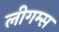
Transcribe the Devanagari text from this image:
लीगम्स